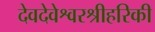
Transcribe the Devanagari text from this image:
देवदेवेश्वरश्रीहरिकी